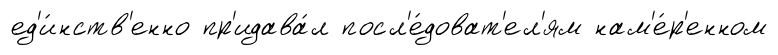
ед'и́нств'енно пр'идава́л посл'е́доват'ел'ям нам'е́р'енном